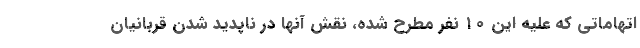
اتهاماتی که علیه این ۱۰ نفر مطرح شده، نقش آنها در ناپدید شدن قربانیان